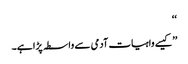
‘‘
’’کیسے واہیات آدمی سے واسطہ پڑا ہے۔